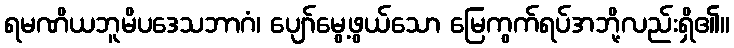
ရမဏိယဘူမိပဒေသဘာဂံ၊ ပျော်မွေ့ဖွယ်သော မြေကွက်ရပ်အဘို့လည်းရှိ၏။